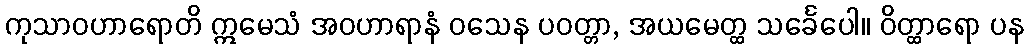
ကုသာဝဟာရောတိ ဣမေသံ အဝဟာရာနံ ဝသေန ပဝတ္တာ, အယမေတ္ထ သင်္ခေပေါ။ ဝိတ္ထာရော ပန